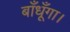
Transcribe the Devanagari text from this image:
बाँधूँगा।